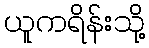
ယူကရိန်းသို့